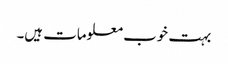
بہت خوب معلومات ہیں۔